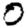
Digit: 0